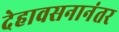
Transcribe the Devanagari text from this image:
देहावसनानंतर